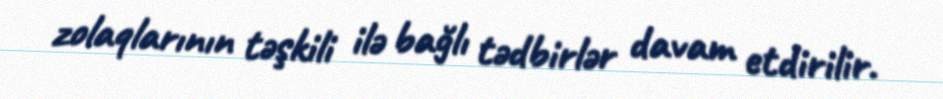
zolaqlarının təşkili ilə bağlı tədbirlər davam etdirilir.